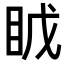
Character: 𪾤